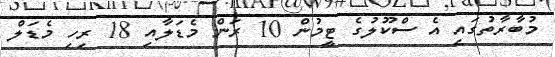
މުބާރާތުގައި އެ ސްކޫލުގެ ޓީމުން 10 ރަން މެޑަލާއި 18 ރިހި މެޑަލް